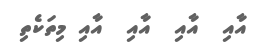
އާއި  އާއި  އާއި  އާއި މިތަކެތި